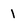
Character: 1